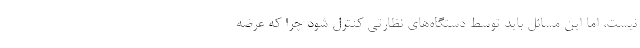
نیست، اما این مسائل باید توسط دستگاه‌های نظارتی کنترل شود چرا که عرضه